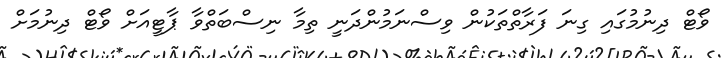
ވޯޓް ދިނުމުގައި ގިނަ ފަރާތްތަކުން ވިސްނަމުންދަނީ ތިމާ ނިސްބަތްވާ ޕާޓީއަށް ވޯޓް ދިނުމަށް